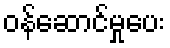
ဝန်ဆောင်မှုပေး